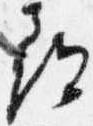
尋